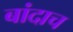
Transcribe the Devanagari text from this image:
बांदाच